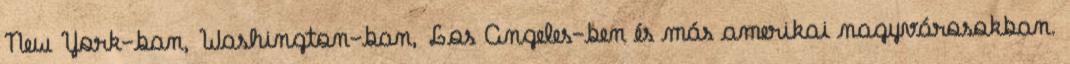
New York-ban, Washington-ban, Los Angeles-ben és más amerikai nagyvárosokban.